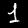
Label: 1